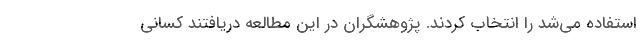
استفاده می‌شد را انتخاب کردند. پژوهشگران در این مطالعه دریافتند کسانی